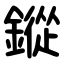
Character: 鏦